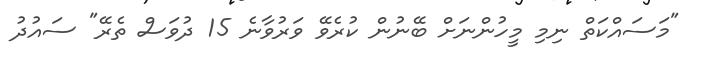
"މަސައްކަތް ނިމި މީހުންނަށް ބޭނުން ކުރެވޭ ވަރުވާނެ 15 ދުވަސް ތެރޭ" ސައުދު